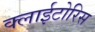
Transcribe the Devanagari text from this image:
क्लाईटोरिस